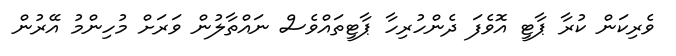
ވެރިކަން ކުރާ ޕާޓީ އޮވެފަ ދެންހުރިހާ ޕާޓީތައްވެސް ނައްތާލުން ވަރަށް މުހިންމު އޭރުން